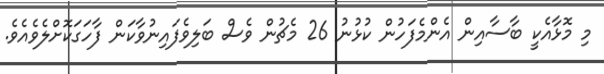
މި މޮޅާއެކީ ބާސާއިން އެންމެފަހުން ކުޅުނު 26 މެޗުން ވެސް ބަލިވެފައިނުވާކަން ފާހަގަކޮށްލެވެއެވެ.